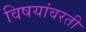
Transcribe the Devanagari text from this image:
विषयांवरती